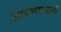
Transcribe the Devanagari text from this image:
लावण्‍यासाठी